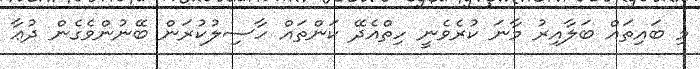
މި ބައިތައް ބަލާއިރު މާނަ ކުރެވެނީ ހިތްއެދޭ ކަންތައް ހާސިލުކުރަން ބޭނުންވެގެން ދުޢާ